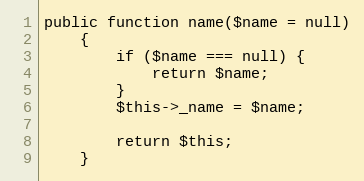
Language: PHP
public function name($name = null)
    {
        if ($name === null) {
            return $name;
        }
        $this->_name = $name;

        return $this;
    }